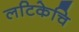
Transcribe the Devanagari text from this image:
लटिकेचि